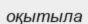
оқытыла